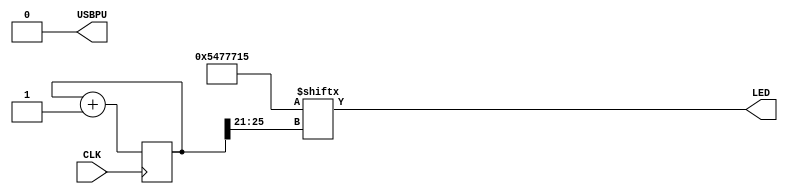
// This program was cloned from: https://github.com/FPGAwars/apio-examples
// License: GNU General Public License v2.0

// look in pins.pcf for all the pin names on the TinyFPGA BX board
module BlinkSOS (
    input CLK,    // 16MHz clock
    output LED,   // User/boot LED next to power LED
    output USBPU  // USB pull-up resistor
);
    // drive USB pull-up resistor to '0' to disable USB
    assign USBPU = 0;

    ////////
    // make a simple blink circuit
    ////////

    // keep track of time and location in blink_pattern
    reg [25:0] blink_counter;

    // pattern that will be flashed over the LED over time
    wire [31:0] blink_pattern = 32'b101010001110111011100010101;

    // increment the blink_counter every clock
    always @(posedge CLK) begin
        blink_counter <= blink_counter + 1;
    end
    
    // light up the LED according to the pattern
    assign LED = blink_pattern[blink_counter[25:21]];
endmodule